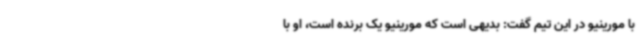
با مورینیو در این تیم گفت: بدیهی است که مورینیو یک برنده است، او با